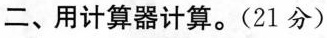
二、用计算器计算。(21分)